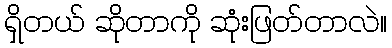
ရှိတယ် ဆိုတာကို ဆုံးဖြတ်တာလဲ။